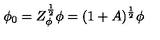
\phi _ { 0 } = Z _ { \phi } ^ { \frac { 1 } { 2 } } \phi = ( 1 + A ) ^ { \frac { 1 } { 2 } } \phi